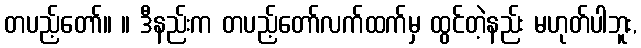
တပည့်တော်။ ။ ဒီနည်းက တပည့်တော်လက်ထက်မှ ထွင်တဲ့နည်း မဟုတ်ပါဘူး,